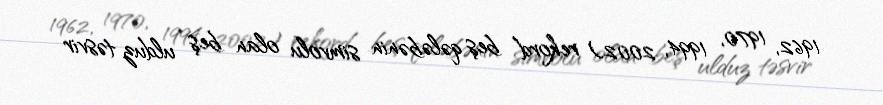
1962, 1970, 1994, 2002) rekord beş qələbənin simvolu olan beş ulduz təsvir